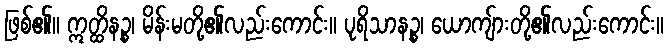
ဖြစ်၏။ ဣတ္ထိနဉ္စ၊ မိန်းမတို့၏လည်းကောင်း။ ပုရိသာနဉ္စ၊ ယောကျ်ားတို့၏လည်းကောင်း။